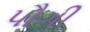
પૌગી